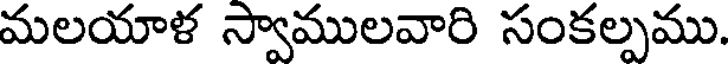
మలయాళ స్వాములవారి సంకల్పము.